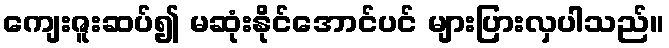
ကျေးဇူးဆပ်၍ မဆုံးနိုင်အောင်ပင် များပြားလှပါသည်။